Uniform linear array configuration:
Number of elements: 32
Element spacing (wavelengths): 0.5
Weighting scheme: hann
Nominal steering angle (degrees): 60
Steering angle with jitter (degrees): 61.552
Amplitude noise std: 0.05
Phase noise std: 0.05

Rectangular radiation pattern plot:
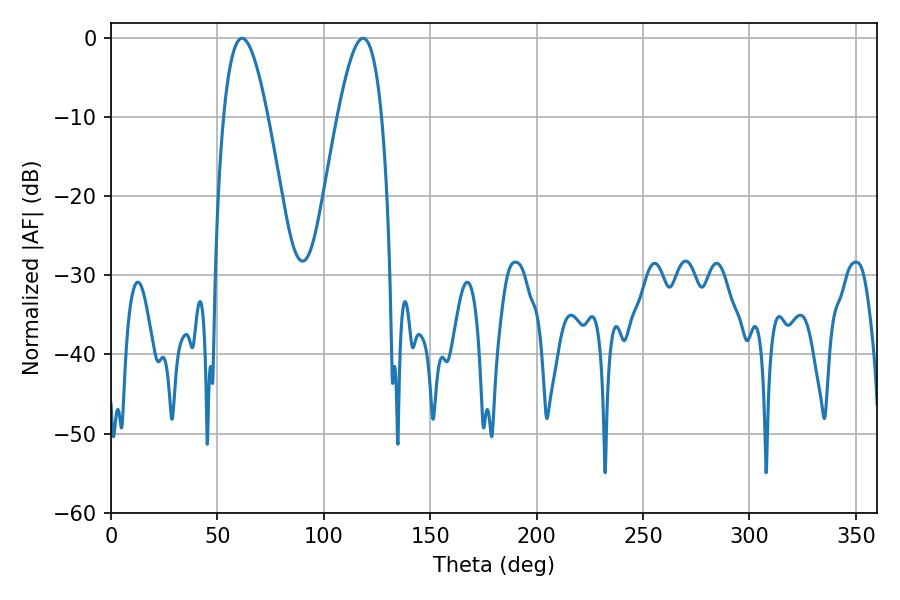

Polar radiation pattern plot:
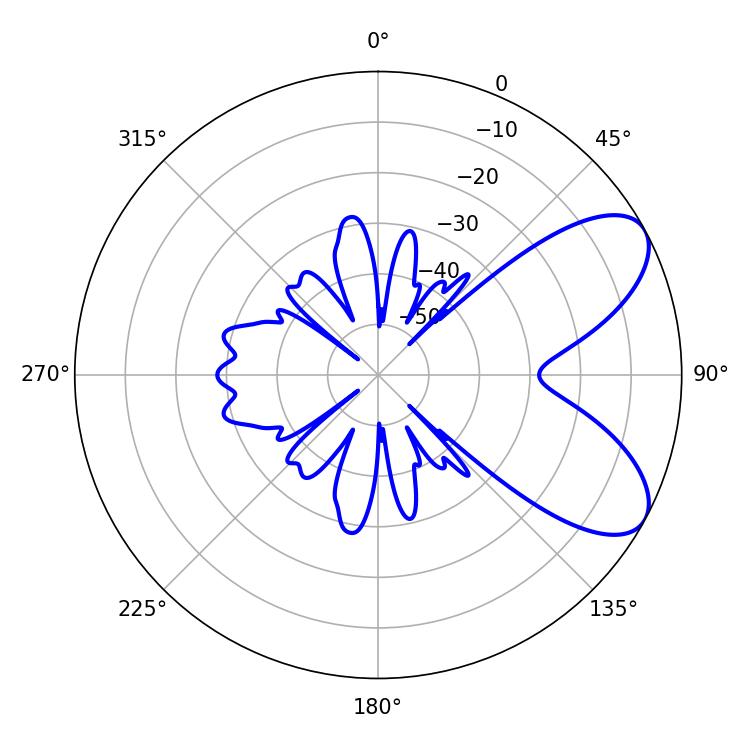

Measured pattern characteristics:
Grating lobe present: FALSE
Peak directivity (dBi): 7.242
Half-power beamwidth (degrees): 11.16
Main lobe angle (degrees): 61.56